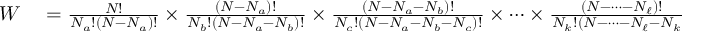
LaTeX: \begin{array} { r l } { W } & { { } = { \frac { N ! } { N _ { a } ! ( N - N _ { a } ) ! } } \times { \frac { ( N - N _ { a } ) ! } { N _ { b } ! ( N - N _ { a } - N _ { b } ) ! } } \times { \frac { ( N - N _ { a } - N _ { b } ) ! } { N _ { c } ! ( N - N _ { a } - N _ { b } - N _ { c } ) ! } } \times \cdots \times { \frac { ( N - \cdots - N _ { \ell } ) ! } { N _ { k } ! ( N - \cdots - N _ { \ell } - N _ { k } ) ! } } } \end{array}